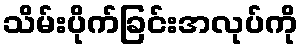
သိမ်းပိုက်ခြင်းအလုပ်ကို